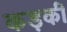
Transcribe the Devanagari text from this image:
कड़की